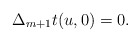
\begin{align*} \Delta_{m+1}t(u,0)=0.\end{align*}